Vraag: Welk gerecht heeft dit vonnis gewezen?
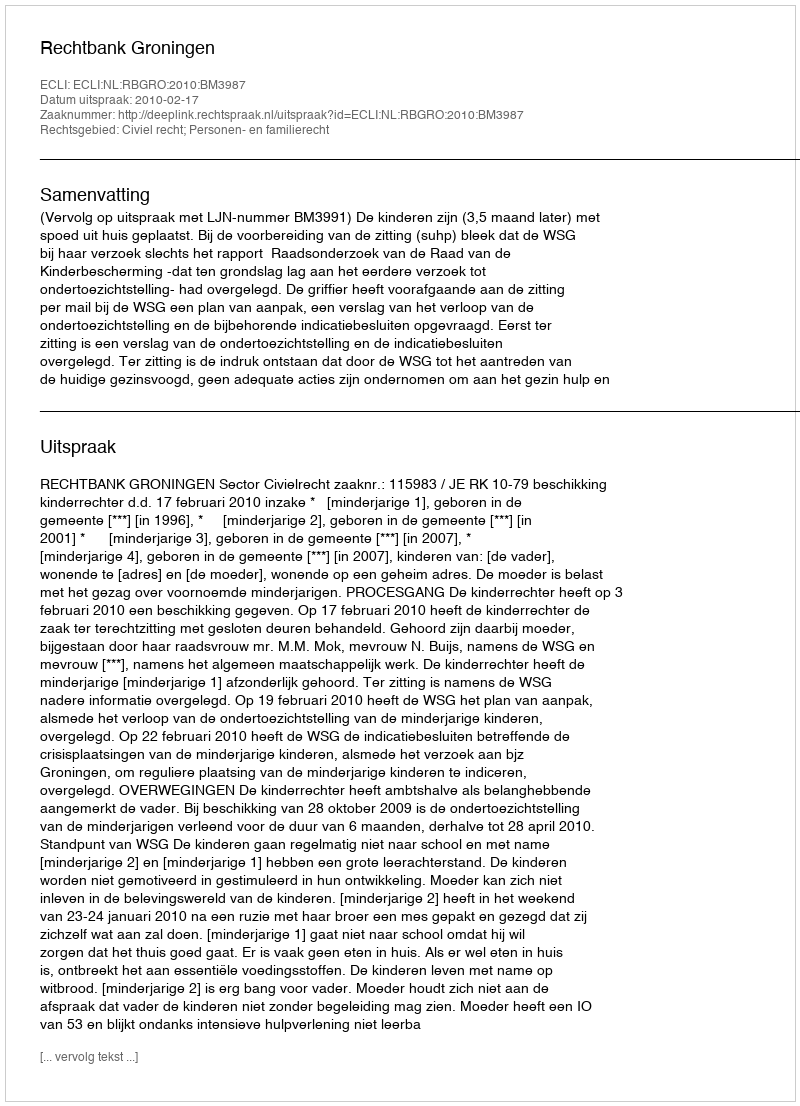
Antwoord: Rechtbank Groningen